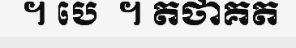
។ បេ  ។ តថាគត